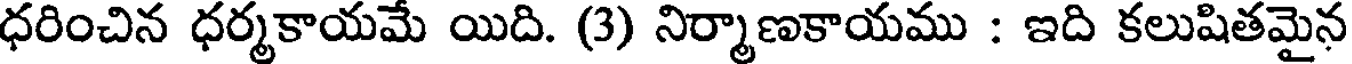
ధరించిన ధర్మకాయమే యిది. (3) నిర్మాణకాయము : ఇది కలుషితమైన